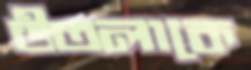
উতলাকে